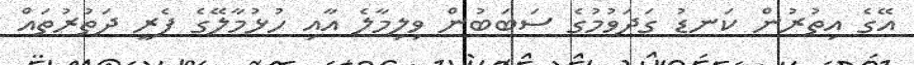
އޭގެ އިތުރުން ކަނޑު ގަދަވުމުގެ ސަބަބުން ވިލިމާލެ އާއި ހުޅުމާލޭގެ ފެރީ ދަތުރުތައް